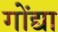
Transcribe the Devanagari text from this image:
गोंद्या